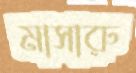
মাসারু